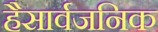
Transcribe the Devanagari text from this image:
हैसार्वजनिक